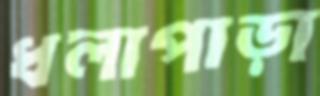
ধলাপাড়া